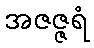
အဇဇ္ဇရံ